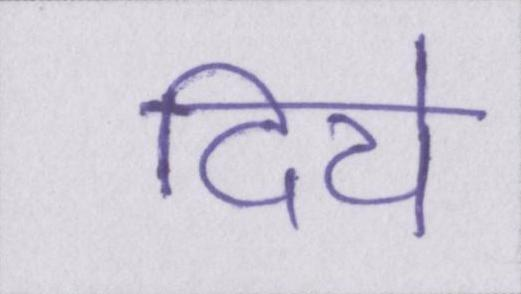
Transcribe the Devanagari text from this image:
दिये